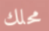
محلك